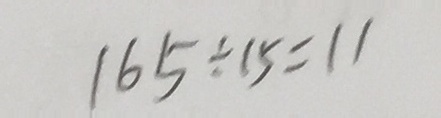
1 6 5 \div 1 5 = 1 1